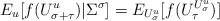
LaTeX: \begin{align*}E_{u}[f(U_{\sigma+\tau}^u)|\Sigma^\sigma]=E_{U_\sigma^u}[f(U^{U_\sigma^u}_\tau)]\end{align*}